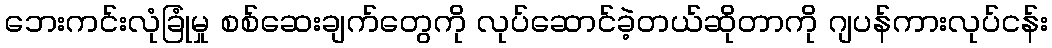
ဘေးကင်းလုံခြုံမှု စစ်ဆေးချက်တွေကို လုပ်ဆောင်ခဲ့တယ်ဆိုတာကို ဂျပန်ကားလုပ်ငန်း